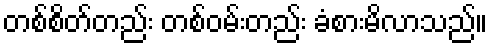
တစ်စိတ်တည်း တစ်ဝမ်းတည်း ခံစားမိလာသည်။